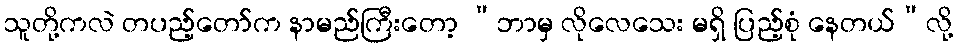
သူတို့ကလဲ တပည့်တော်က နာမည်ကြီးတော့ “ဘာမှ လိုလေသေး မရှိ ပြည့်စုံ နေတယ်”လို့